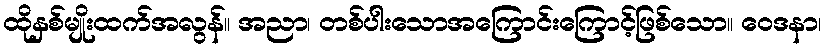
ထိုနှစ်မျိုးထက်အလွန်။ အညာ၊ တစ်ပါးသောအကြောင်းကြောင့်ဖြစ်သော။ ဝေဒနာ၊